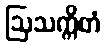
ဩသက္ကိတံ